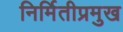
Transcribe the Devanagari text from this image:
निर्मितीप्रमुख